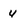
Character: 4